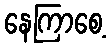
နေကြာစေ့